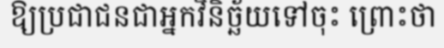
ឱ្យប្រជាជនជាអ្នកវិនិច្ឆ័យទៅចុះ ព្រោះថា